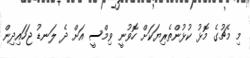
މި މެޗުގެ މޮޅު ކުޅުންތެރިޔަކަށް ހޮވުނީ ވިމްސީ އަށް ދެ ލަނޑު ޖަހައިދިން